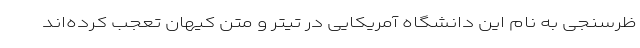
ظرسنجی به نام این دانشگاه آمریکایی در تیتر و متن کیهان تعجب کرده‌اند